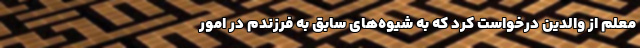
معلم از والدین درخواست کرد که به شیوه‌های سابق به فرزندم در امور